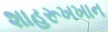
શાહરૂખખાન